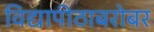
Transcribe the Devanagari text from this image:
विद्यापीठाबरोबर